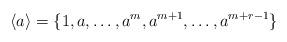
LaTeX: \begin{align*}\langle a\rangle=\{1,a,\ldots,a^{m},a^{m+1},\ldots,a^{m+r-1}\}\end{align*}